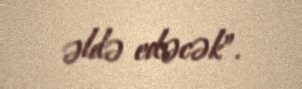
əldə edəcək”.